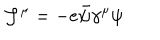
LaTeX: { \cal J } ^ { \mu } = - e \bar { \psi } \gamma ^ { \mu } \psi